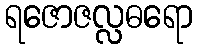
ရဇောဇလ္လဓရော